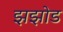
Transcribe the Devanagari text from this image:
झझोड